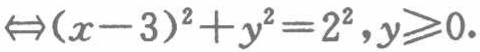
$\Leftrightarrow(x - 3)^{2}+y^{2}=2^{2},y\geqslant0$.